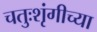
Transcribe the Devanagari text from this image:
चतुःशृंगीच्या